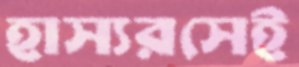
হাস্যরসেই